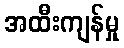
အထီးကျန်မှု